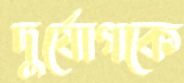
দুর্যোগকে